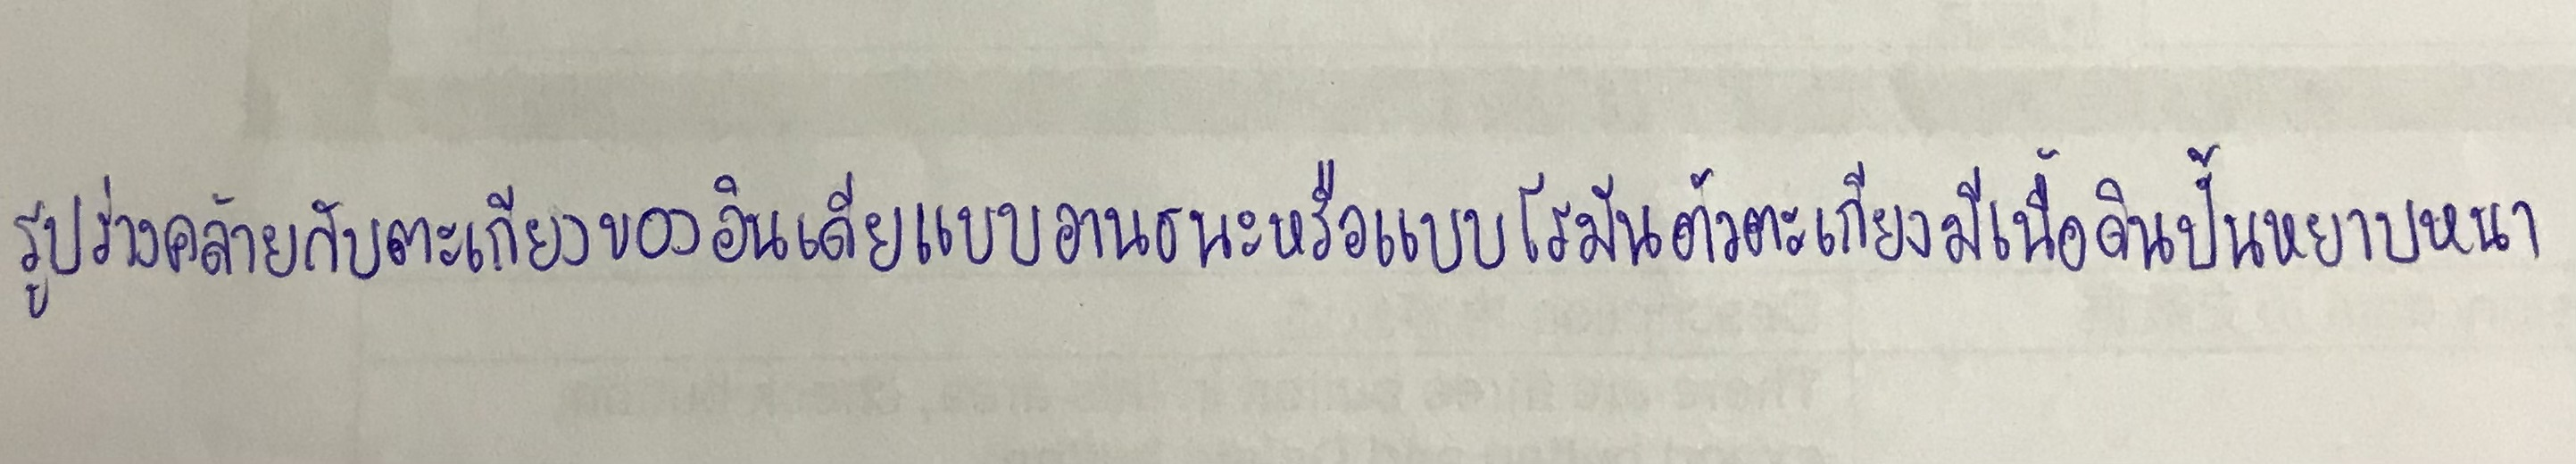
รูปร่างคล้ายกับตะเกียงของอินเดียแบบอานธระหรือแบบโรมันตัวตะเกียงมีเนื้อดินปั้นหยาบหนา